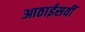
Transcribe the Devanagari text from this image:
आठाईसवीं